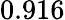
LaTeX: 0.916